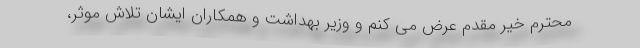
محترم خیر مقدم عرض می کنم و وزیر بهداشت و همکاران ایشان تلاش موثر،